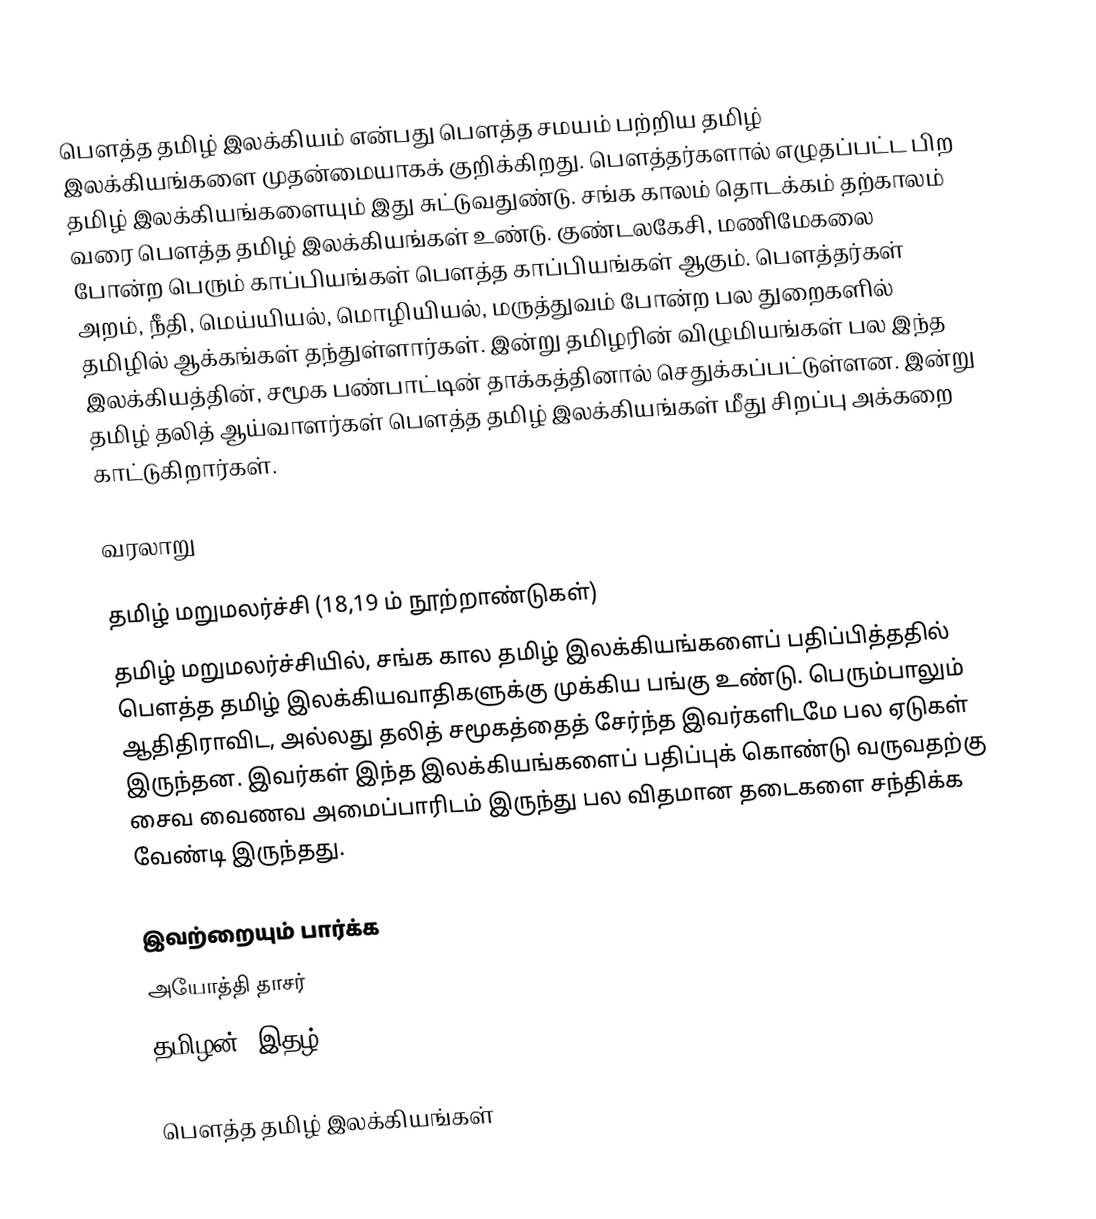
பௌத்த தமிழ் இலக்கியம் என்பது பௌத்த சமயம் பற்றிய தமிழ் இலக்கியங்களை முதன்மையாகக் குறிக்கிறது. பெளத்தர்களால் எழுதப்பட்ட பிற தமிழ் இலக்கியங்களையும் இது சுட்டுவதுண்டு. சங்க காலம் தொடக்கம் தற்காலம் வரை பெளத்த தமிழ் இலக்கியங்கள் உண்டு. குண்டலகேசி, மணிமேகலை போன்ற பெரும் காப்பியங்கள் பெளத்த காப்பியங்கள் ஆகும். பெளத்தர்கள் அறம், நீதி, மெய்யியல், மொழியியல், மருத்துவம் போன்ற பல துறைகளில் தமிழில் ஆக்கங்கள் தந்துள்ளார்கள். இன்று தமிழரின் விழுமியங்கள் பல இந்த இலக்கியத்தின், சமூக பண்பாட்டின் தாக்கத்தினால் செதுக்கப்பட்டுள்ளன. இன்று தமிழ் தலித் ஆய்வாளர்கள் பெளத்த தமிழ் இலக்கியங்கள் மீது சிறப்பு அக்கறை காட்டுகிறார்கள்.

வரலாறு

தமிழ் மறுமலர்ச்சி (18,19 ம் நூற்றாண்டுகள்)
தமிழ் மறுமலர்ச்சியில், சங்க கால தமிழ் இலக்கியங்களைப் பதிப்பித்ததில் பெளத்த தமிழ் இலக்கியவாதிகளுக்கு முக்கிய பங்கு உண்டு. பெரும்பாலும் ஆதிதிராவிட, அல்லது தலித் சமூகத்தைத் சேர்ந்த இவர்களிடமே பல ஏடுகள் இருந்தன. இவர்கள் இந்த இலக்கியங்களைப் பதிப்புக் கொண்டு வருவதற்கு சைவ வைணவ அமைப்பாரிடம் இருந்து பல விதமான தடைகளை சந்திக்க வேண்டி இருந்தது.

இவற்றையும் பார்க்க
 அயோத்தி தாசர்
 தமிழன் (இதழ்)

பௌத்த தமிழ் இலக்கியங்கள்